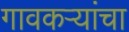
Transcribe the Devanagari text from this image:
गावकऱ्यांचा